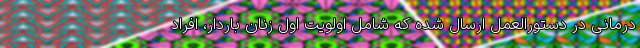
درمانی در دستورالعمل ارسال شده که شامل اولویت اول زنان باردار، افراد